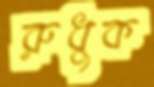
রুধুক